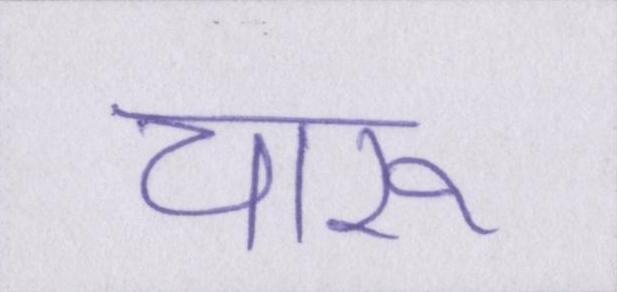
चारू